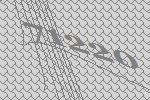
71220